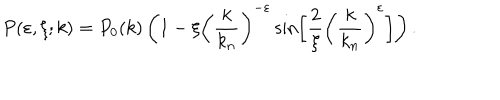
P ( \varepsilon , \xi ; k ) = P _ { 0 } ( k ) \left( 1 - \xi \left( { \frac { k } { k _ { n } } } \right) ^ { - \varepsilon } \sin \left[ { \frac { 2 } { \xi } } \left( { \frac { k } { k _ { n } } } \right) ^ { \varepsilon } \right] \right) .